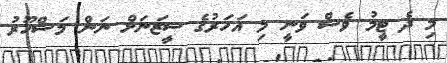
މި ދެ ޓީމު ވެސް ވަނީ މި އަހަރުގެ ސީޒަނަށް ނަން މަޝްހޫރު